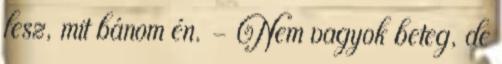
lesz, mit bánom én. - Nem vagyok beteg, de